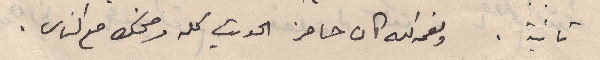
تانية . ونعمه الله كان حاضر الحديث كله وضحك مع الناس.